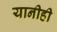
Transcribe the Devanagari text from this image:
यानीही